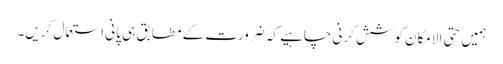
ہمیں حتی الامکان کوشش کرنی چاہیے کہ ضرورت کے مطابق ہی پانی استعمال کریں۔